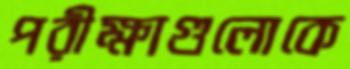
পরীক্ষাগুলোকে